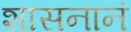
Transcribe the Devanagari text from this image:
शासनानं